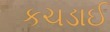
કચડાઈ